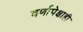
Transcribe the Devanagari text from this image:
वर्णापेक्षाही